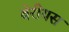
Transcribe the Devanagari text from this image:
वेरीयस